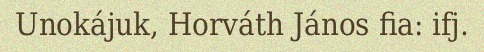
Unokájuk, Horváth János fia: ifj.